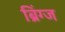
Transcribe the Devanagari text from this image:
ब्रिंग्ज